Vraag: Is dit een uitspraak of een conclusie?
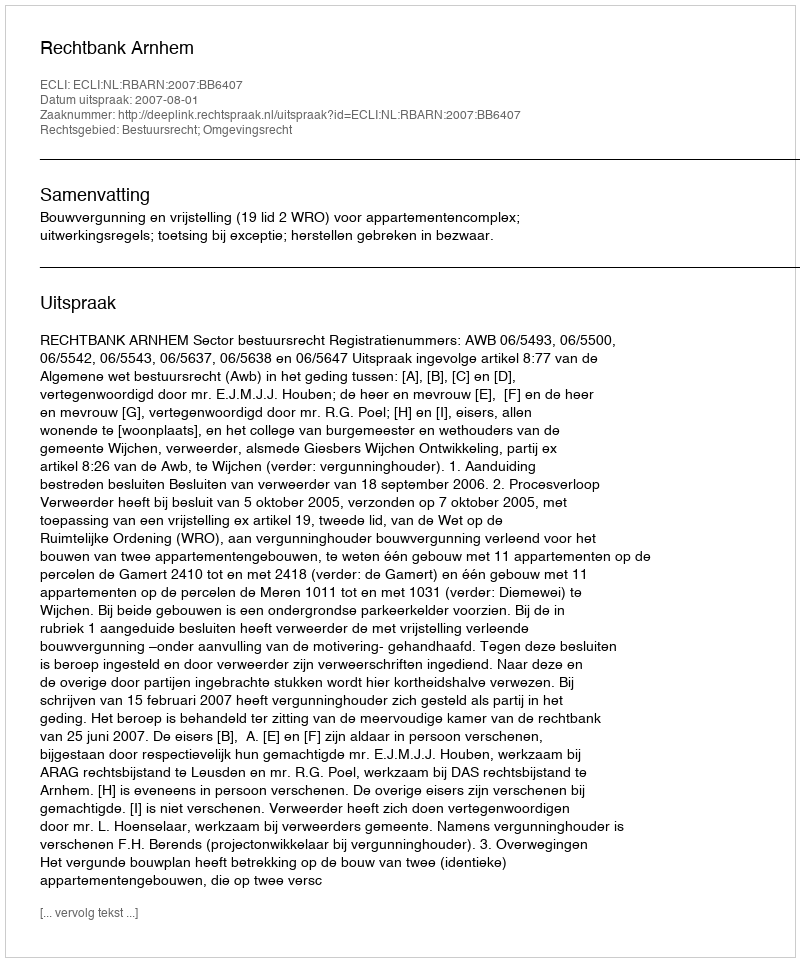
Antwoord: Uitspraak